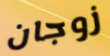
زوجان